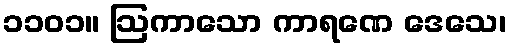
၁၁၀၁။ ဩကာသော ကာရဏေ ဒေသေ၊